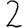
Digit: 2